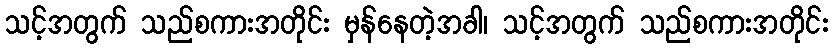
သင့်အတွက် သည်စကားအတိုင်း မှန်နေတဲ့အခါ၊ သင့်အတွက် သည်စကားအတိုင်း